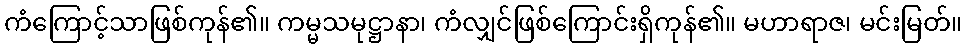
ကံကြောင့်သာဖြစ်ကုန်၏။ ကမ္မသမုဋ္ဌာနာ၊ ကံလျှင်ဖြစ်ကြောင်းရှိကုန်၏။ မဟာရာဇ၊ မင်းမြတ်။